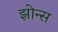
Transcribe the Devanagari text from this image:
झोन्स